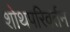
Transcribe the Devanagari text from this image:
शोथपरिवर्तन